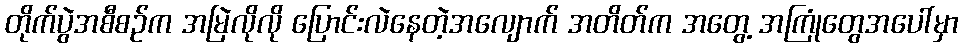
တိုက်ပွဲအစီစဉ်က အမြဲလိုလို ပြောင်းလဲနေတဲ့အလျောက် အတိတ်က အတွေ့ အကြုံတွေအပေါ်မှာ